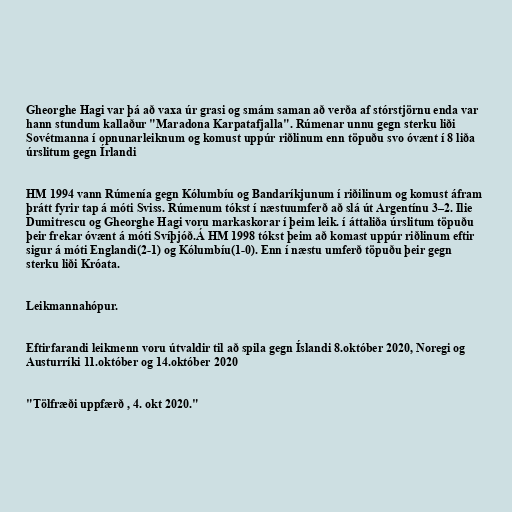
Gheorghe Hagi var þá að vaxa úr grasi og smám saman að verða af stórstjörnu enda var
hann stundum kallaður "Maradona Karpatafjalla". Rúmenar unnu gegn sterku liði
Sovétmanna í opnunarleiknum og komust uppúr riðlinum enn töpuðu svo óvænt í 8 liða
úrslitum gegn Írlandi

HM 1994 vann Rúmenía gegn Kólumbíu og Bandaríkjunum í riðilinum og komust áfram
þrátt fyrir tap á móti Sviss. Rúmenum tókst í næstuumferð að slá út Argentínu 3–2. Ilie
Dumitrescu og Gheorghe Hagi voru markaskorar í þeim leik. í áttaliða úrslitum töpuðu
þeir frekar óvænt á móti Svíþjóð.Á HM 1998 tókst þeim að komast uppúr riðlinum eftir
sigur á móti Englandi(2-1) og Kólumbíu(1-0). Enn í næstu umferð töpuðu þeir gegn
sterku liði Króata.

Leikmannahópur.

Eftirfarandi leikmenn voru útvaldir til að spila gegn Íslandi 8.október 2020, Noregi og
Austurríki 11.október og 14.október 2020

"Tölfræði uppfærð , 4. okt 2020."